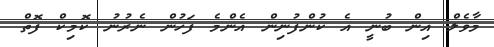
މާވެލް އިން ބުނީ އެ ކުންފުނިން އެންމެ ފަހުން ނެރުނު ކޮމިކް ފޮތް